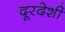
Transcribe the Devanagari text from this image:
दूरदेशीं